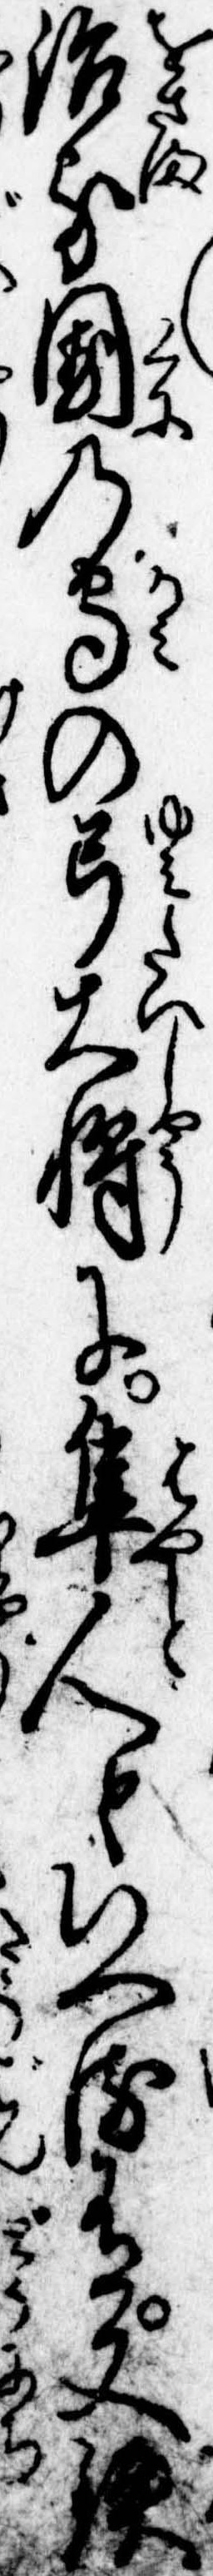
治る国の守の弓大将に隼人といへる有又鉄